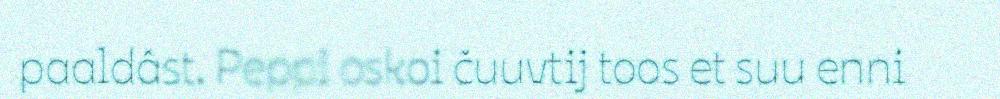
paaldâst. Peppi oskoi čuuvtij toos et suu enni